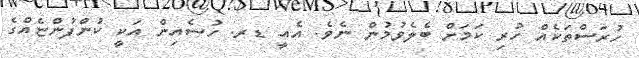
ހުރަސްތަކެއް ހުރި ކަމަށް ބެލެވުމުން ނެވެ. އެއީ ޑރ. ހުސެއިން އަކީ ކުންފުންޏެއްގެ